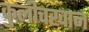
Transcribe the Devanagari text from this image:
कुलीचखान